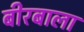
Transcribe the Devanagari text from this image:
बीरबाला